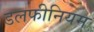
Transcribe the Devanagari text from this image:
डलफीनियम